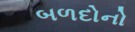
બળદોનો